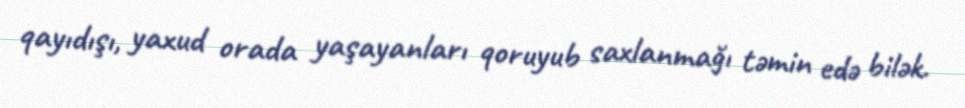
qayıdışı, yaxud orada yaşayanları qoruyub saxlanmağı təmin edə bilək.